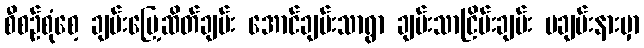
စီစဉ်စုံစေ့ ချမ်းမြေ့ဆိတ်ချမ်း အောင်ချမ်းသာရွာ ချမ်းသာငြိမ်းချမ်း မချမ်းနားမှာ